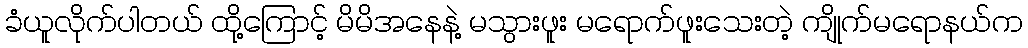
ခံယူလိုက်ပါတယ် ထို့ကြောင့် မိမိအနေနဲ့ မသွားဖူး မရောက်ဖူးသေးတဲ့ ကျိုက်မရောနယ်က